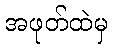
အဖုတ်ထဲမှ